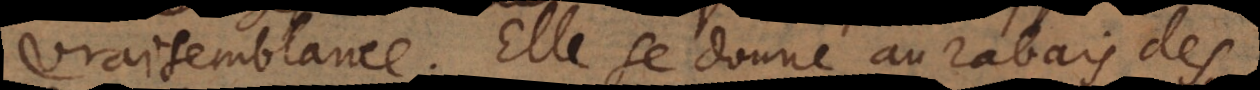
vraisemblance. Elle se donne au rabais des